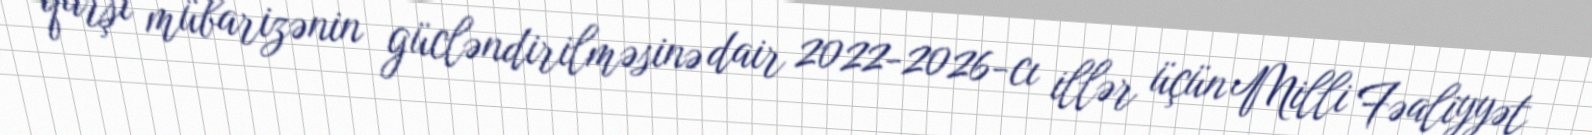
qarşı mübarizənin gücləndirilməsinə dair 2022-2026-cı illər üçün Milli Fəaliyyət